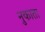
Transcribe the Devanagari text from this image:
नुकाता